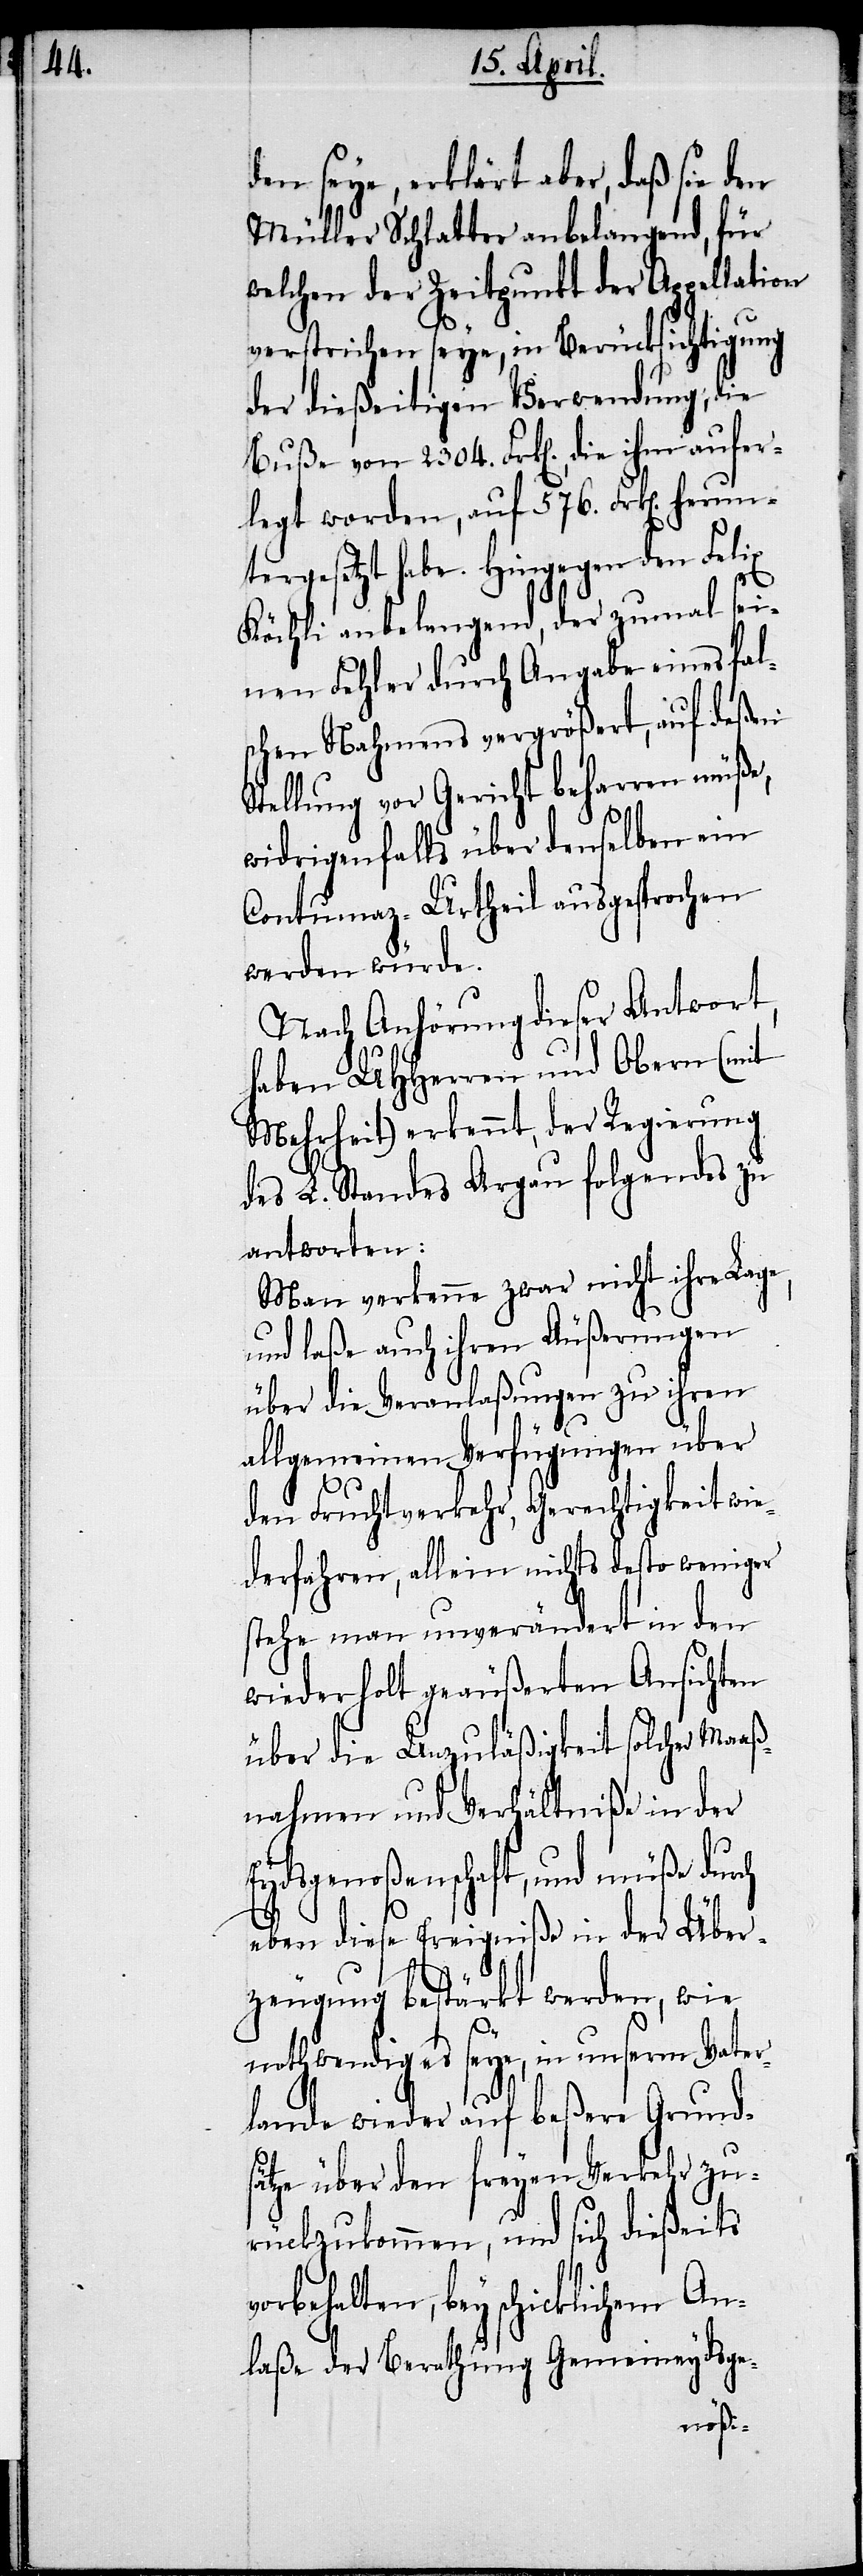
den seye, erklärt aber, daß sie den
Müller Schlatter anbelangend, für
welchen der Zeitpunkt der Appellation
verstrichen seye, in Berücksichtigung
der dießeitigen Verwendung, die
Buße von 2304. Frk[en]., die ihm aufer¬
legt worden, auf 576. Frk[en]. herun¬
tergesetzt habe. Hingegen den Felix
Köchli anbelangend, der zumal sei¬
nen Fehler durch Angabe eines fal¬
schen Nahmens vergrößert, auf deßen
Stellung vor Gericht beharren müße,
ch
widrigenfalls über denselben ein
Contumaz-Urtheil ausgesprochen
werden würde.
Nach Anhörung dieser Antwort,
haben UHHerren und Obern (mit
Mehrheit) erkennt, der Regierung
des L. Standes Argau folgendes zu
antworten:
Man verkenne zwar nicht ihre Lage,
und laße auch ihren Äußerungen
über die Veranlaßungen zu ihren
allgemeinen Verfügungen über
den Fruchtverkehr, Gerechtigkeit wie¬
derfahren, allein nichts desto weniger
stehe man unverändert in den
wiederholt geäußerten Ansichten
über die Unzuläßigkeit solcher Maaß¬
nahmen und Verhältniße in der
Eydsgenoßenschaft, und müße dur¬
eben diese Ereigniße in der Über¬
zeugung bestärkt werden, wie
nothwendig es seye, in unserm Vater¬
lande wieder auf beßere Grunds¬
ätze über den freyen Verkehr zu¬
rückzukommen, und sich dießeits
vorbehalten, bey schicklichem An¬
laße der Berathung Gemeineydsge-